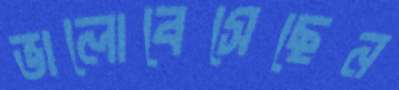
ভালোবেসেছেন